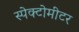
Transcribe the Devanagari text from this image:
स्पेक्टोमीटर